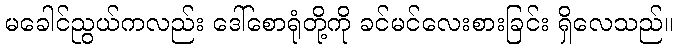
မခေါင်ညွယ်ကလည်း ဒေါ်စောရုံတို့ကို ခင်မင်လေးစားခြင်း ရှိလေသည်။